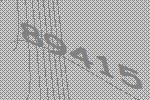
89415